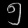
Digit: ၅